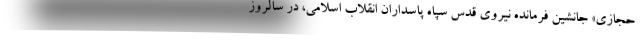
حجازی» جانشین فرمانده نیروی قدس سپاه پاسداران انقلاب اسلامی، در سالروز